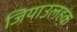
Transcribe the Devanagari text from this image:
जियाउलहक